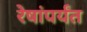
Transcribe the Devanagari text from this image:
रेषांपर्यंत